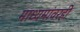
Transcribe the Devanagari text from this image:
माध्यमांवरही